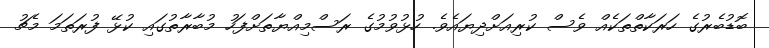
ބޮޑުބެރުގެ ހަރަކާތްތަކެއް ވެސް ކުރިއަށްދިޔައެވެ. ހުޅުވުމުގެ ރަސްމިއްޔާތަށްފަހު މުބާރާތުގައި ކުޅޭ ފުރަތަމަ މެޗު